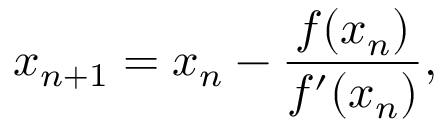
x _ { n + 1 } = x _ { n } - { \frac { f ( x _ { n } ) } { f ^ { \prime } ( x _ { n } ) } } ,